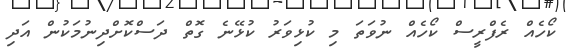
ކޯހެއް ރެފްރީސް ކޯހެއް ނުވަތަ މި ކުޅިވަރު ކުޅޭނެ ގޮތް ދަސްކޮށްދިނުމަކުން އަދި